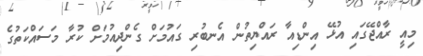
މިއީ ރާއްޖޭގައި އުޅޭ އިންޑިއާ ރައްޔިތުން އެނބުރި ގައުމަށް ގެންދިއުމަށް ކުރާ މަސައްކަތުގެ